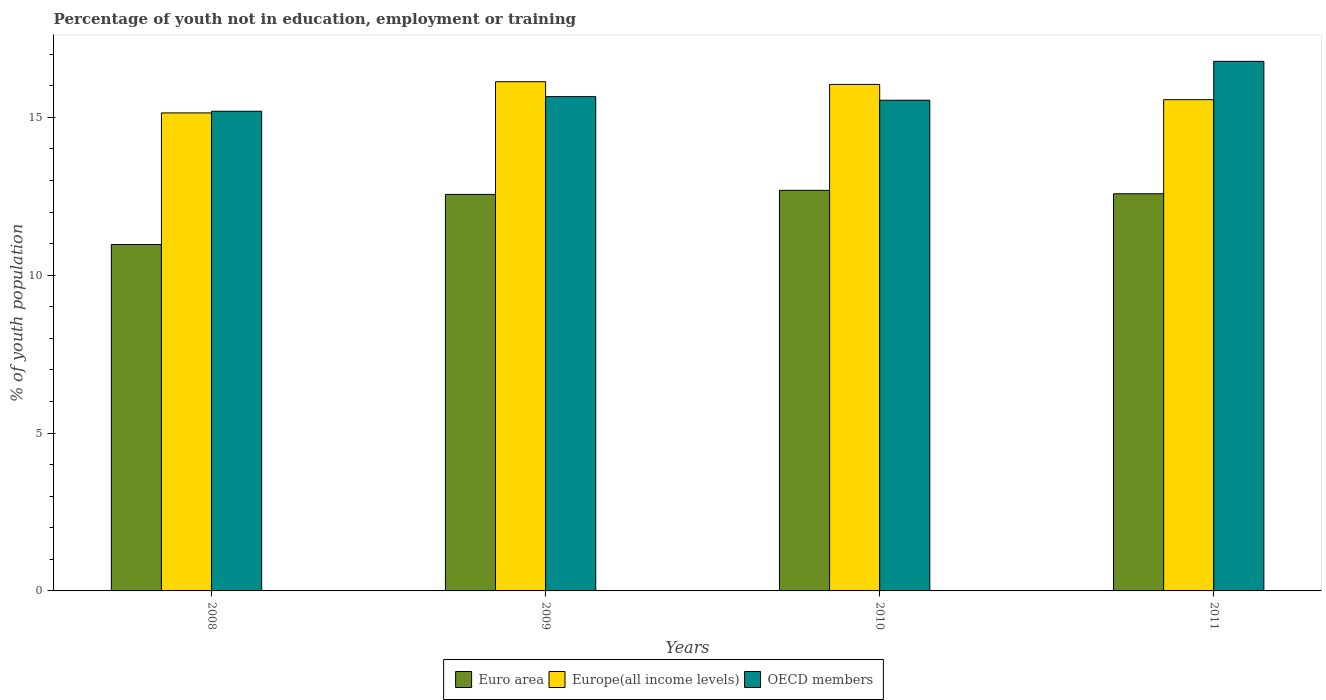
| Years | Euro area | Europe(all income levels) | OECD members |
 | --- | --- | --- | --- |
 | 2008 | 11 | 15.1 | 15.2 |
 | 2009 | 12.6 | 16.1 | 15.7 |
 | 2010 | 12.7 | 16 | 15.5 |
 | 2011 | 12.6 | 15.6 | 16.8 |